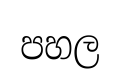
පහල